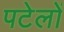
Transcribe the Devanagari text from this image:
पटेलों